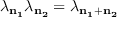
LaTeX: \lambda _ { \mathbf { n _ { 1 } } } \lambda _ { \mathbf { n _ { 2 } } } = \lambda _ { \mathbf { n _ { 1 } } + \mathbf { n _ { 2 } } }